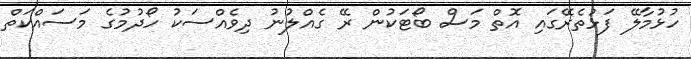
ހުޅުމާލޭ ފަޅުތެރޭގައި އޮތް މަސް ބޯޓަކުން ރޭ ގެއްލުނު ދިވެއްސަކު ހޯދުމުގެ މަސައްކަތް